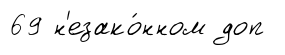
69 н'езако́нном доп